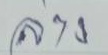
ล่าง